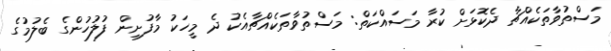
މަސްތުވާތަކެއްޗާ ދެކޮޅަށް ކުރާ މަސައްކަތް: މަސްތުވާތަކެއްޗާއެކު ދެ މީހަކު މާފުށިން ފުލުހުންގެ ބެލުމުގެ